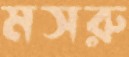
মসরু